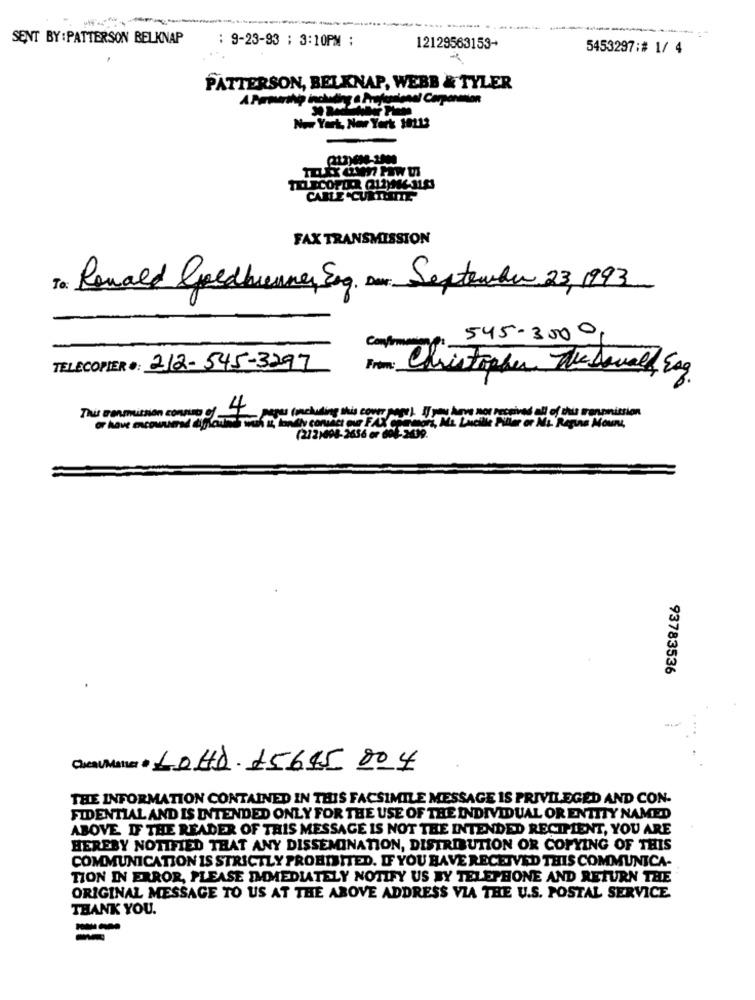
------
SENT BY : PATTERSON BELKNAP
: 9-23-93 : 3:10PM :
12129563153-
5453297:# 1/ 4
PATTERSON, BELKNAP, WEBB & TYLER
Now York, New York 10113
TELECOPIER (212)946-3163
CARLE CURTOITIE
FAX TRANSMISSION
To: Ronald Goedbrenner, Eng, Der: September 23, 1993
545-3000
TELECOPIER ·: 212-545-3297
From:
Christopher Thedonald Eog
This transmission consumo of
4
o have encountered spoilt win it landy contact our FAUX commons the hay wirewall of this transmission
paper (including this cover page ). If you have not
(232)408-2656 er 604-2039.
93783536
Che/Mater à 1040.15645 804
THE INFORMATION CONTAINED IN THIS FACSIMILE MESSAGE IS PRIVILEGED AND CON-
FIDENTIAL AND IS INTENDED ONLY FOR THE USE OF THE INDIVIDUAL OR ENTITY NAMED
ABOVE IF THE READER OF THIS MESSAGE IS NOT THE INTENDED RECIPIENT, YOU ARE
HEREBY NOTIFIED THAT ANY DISSEMINATION, DISTRIBUTION OR COPYING OF THIS
COMMUNICATION IS STRICTLY PROHIBITED. IF YOU HAVE RECEIVED THIS COMMUNICA-
TION IN ERROR, PLEASE IMMEDIATELY NOTIFY US BY TELEPHONE AND RETURN THE
ORIGINAL MESSAGE TO US AT THE ABOVE ADDRESS VIA THE U.S. POSTAL SERVICE
THANK YOU.
--